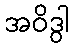
အဝိဒွါ